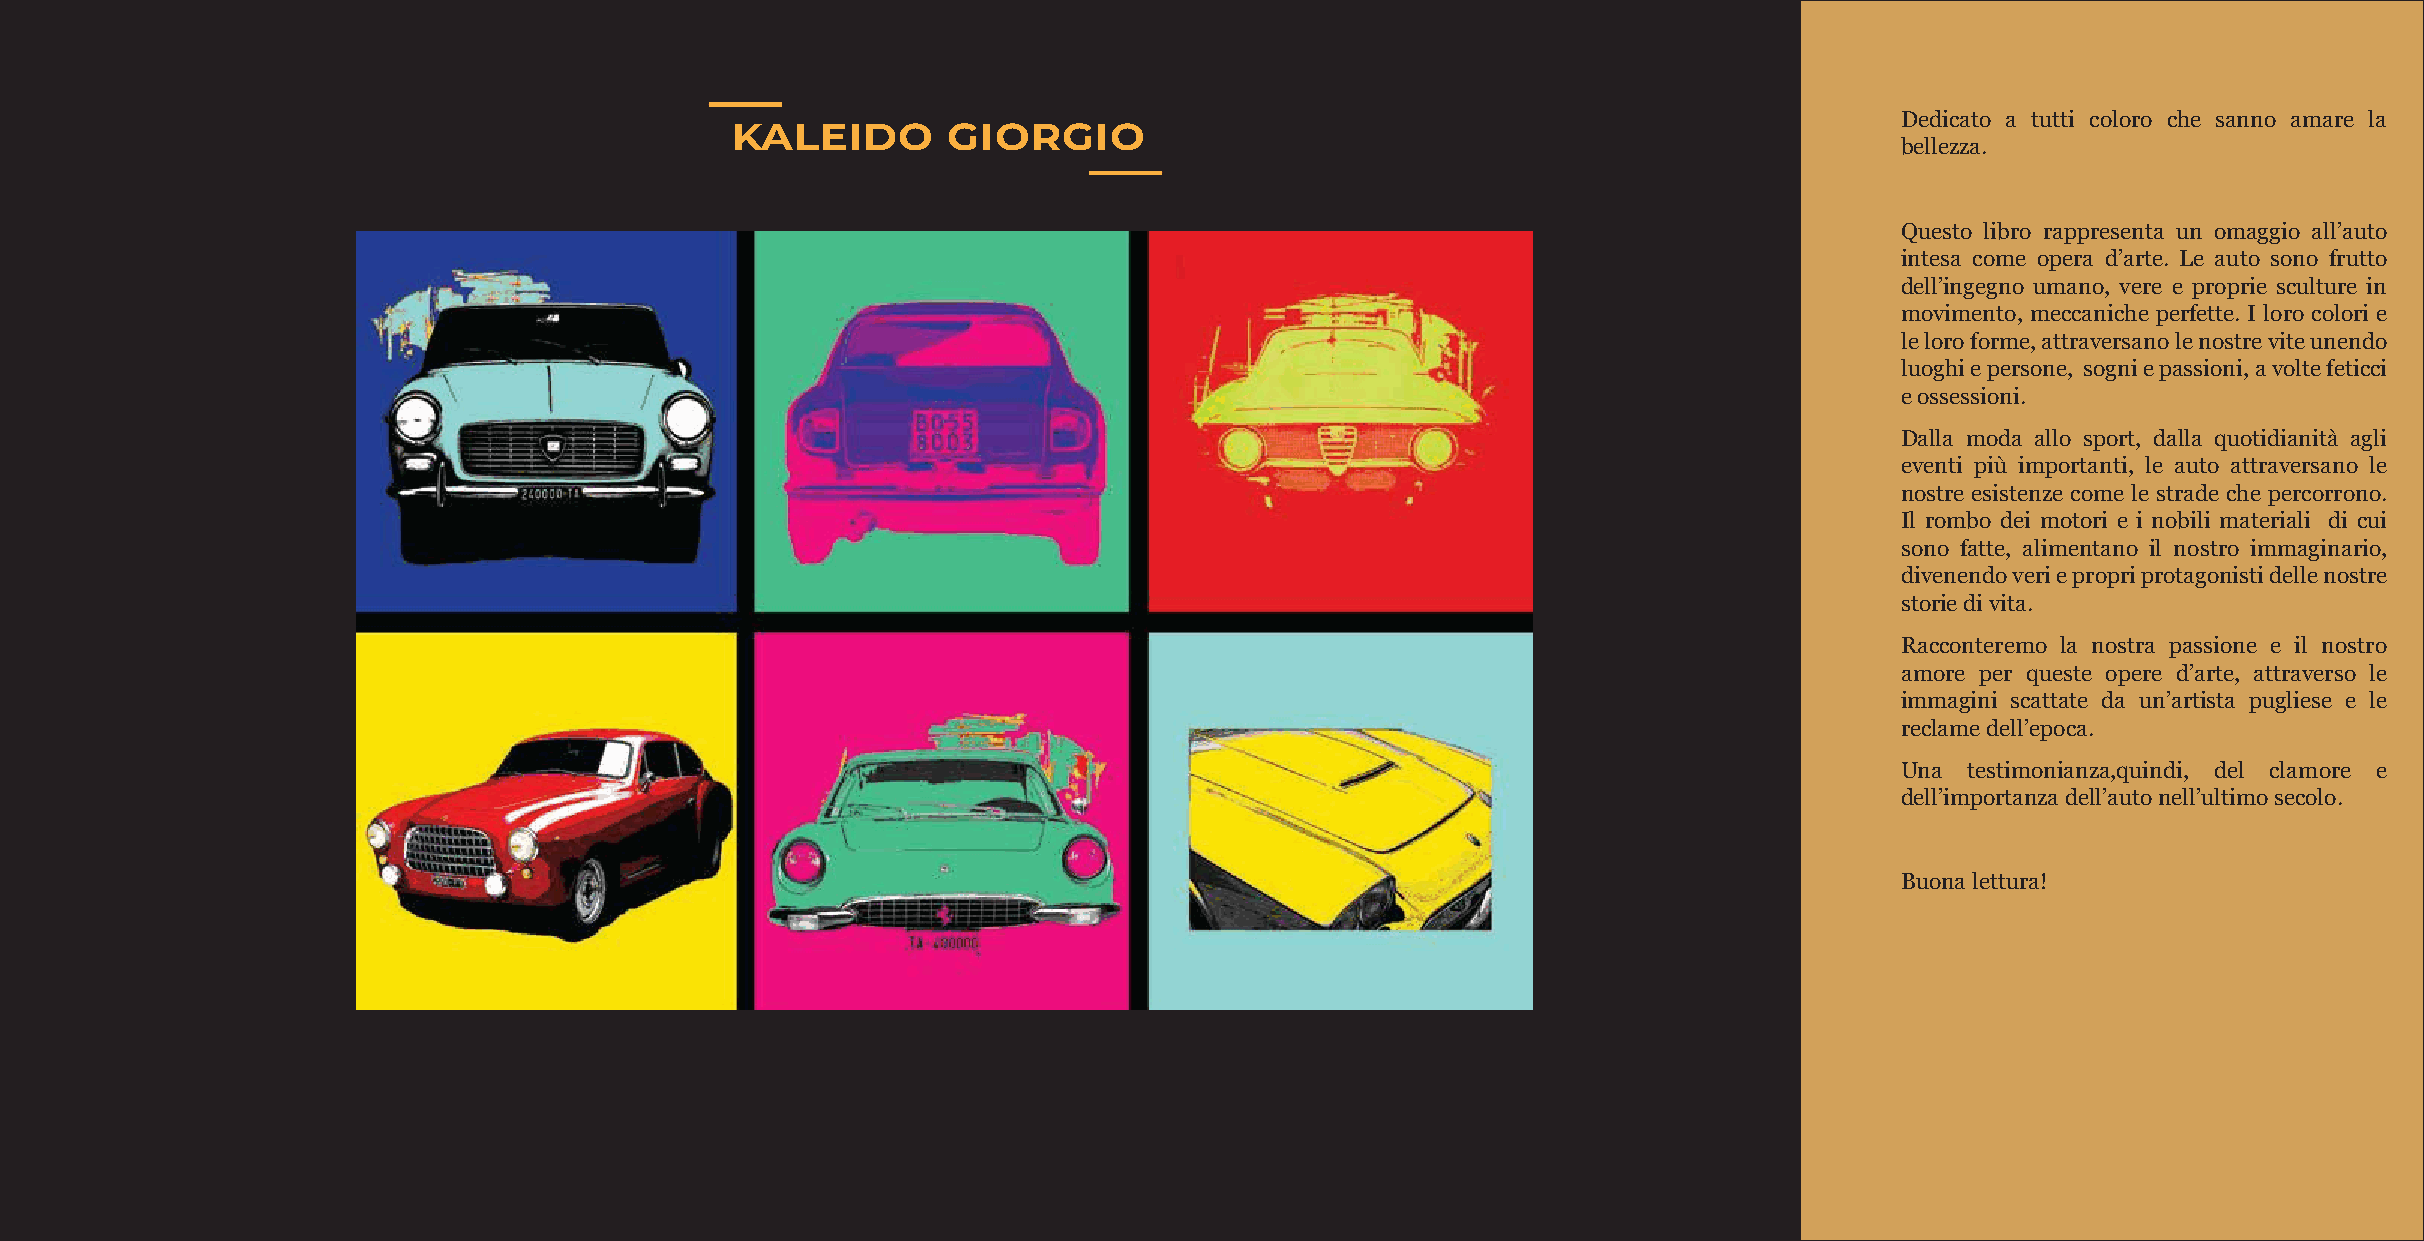
Dedicato a tutti coloro che sanno amare la
 KALEIDO        GIORGIO
 bellezza.
 Questo libro rappresenta un omaggio all’auto
 intesa come opera d’arte. Le auto sono frutto
 dell’ingegno umano, vere e proprie sculture in
 movimento, meccaniche perfette. I loro colori e
 le loro forme, attraversano le nostre vite unendo
 luoghi e persone, sogni e passioni, a volte feticci
 e ossessioni.
 Dalla moda allo sport, dalla quotidianità agli
 eventi più importanti, le auto attraversano le
 nostre esistenze come le strade che percorrono.
 Il rombo dei motori e i nobili materiali di cui
 sono fatte, alimentano il nostro immaginario,
 divenendo veri e propri protagonisti delle nostre
 storie di vita.
 Racconteremo la nostra passione e il nostro
 amore per queste opere d’arte, attraverso le
 immagini scattate da un’artista pugliese e le
 reclame dell’epoca.
 Una testimonianza,quindi, del clamore e
 dell’importanza dell’auto nell’ultimo secolo.
 Buona lettura!